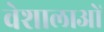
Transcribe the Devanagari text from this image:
वेशालाओं